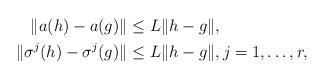
LaTeX: \begin{align*}\| a(h) - a(g) \| &\leq L \| h-g \|,\\ \| \sigma^j(h) - \sigma^j(g) \| &\leq L \| h-g \|, j=1,\ldots,r,\end{align*}